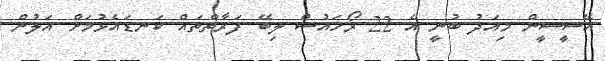
އޭސީސީން މިއަދު ބުނީ އެ 22 ރޯހައުސް ލިބޭ ފަރާތްތައް ކަނޑައެޅުމަށް އަލުން